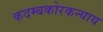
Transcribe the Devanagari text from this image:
कदम्बकोरकन्याय